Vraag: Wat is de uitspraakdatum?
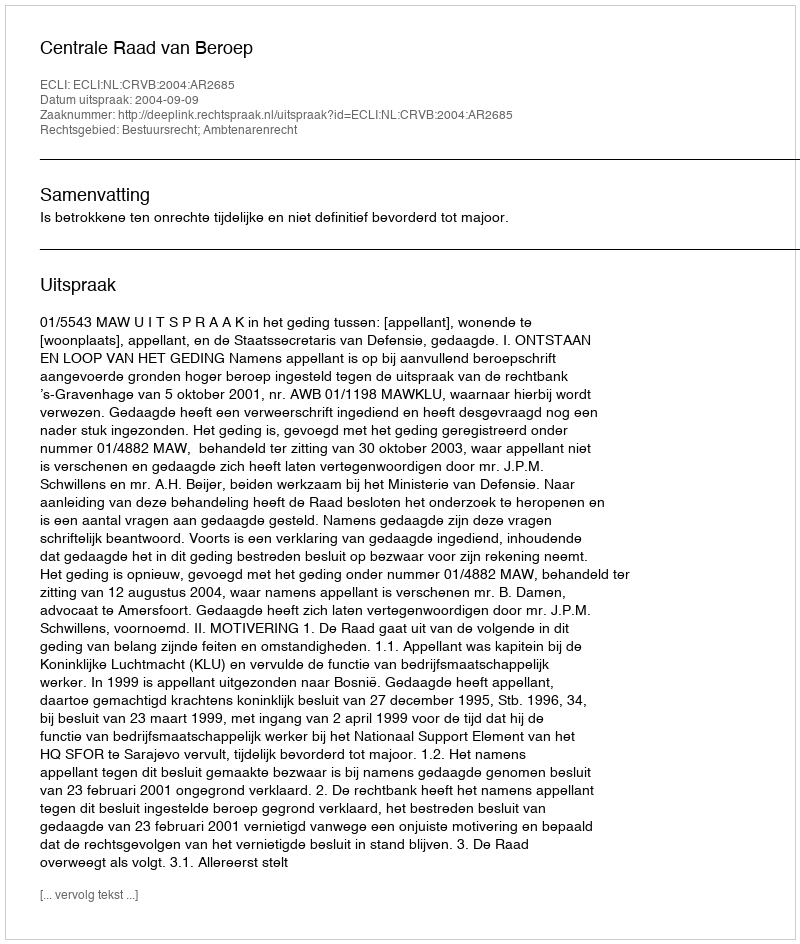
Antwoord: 2004-09-09